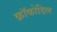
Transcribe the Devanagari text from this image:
क्रॉकोडिल